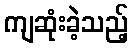
ကျဆုံးခဲ့သည့်